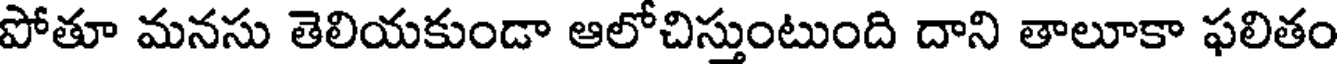
పోతూ మనసు తెలియకుండా ఆలోచిస్తుంటుంది దాని తాలూకా ఫలితం